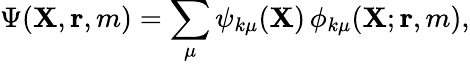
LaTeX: \Psi({\mathbf{X}},{\mathbf{r}},m)=\sum_{\mu}\psi_{k\mu}({\mathbf{X}})\, \phi_{k\mu}({\mathbf{X}};{\mathbf{r}},m),